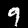
Digit: 9